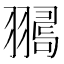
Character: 𦒞